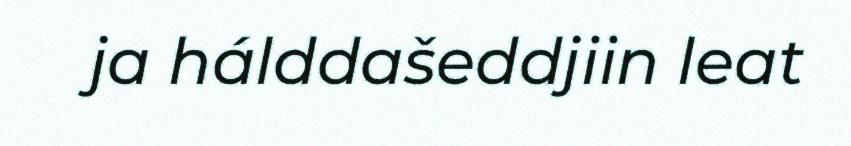
ja hálddašeddjiin leat